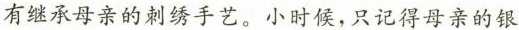
有继承母亲的刺绣手艺。小时候，只记得母亲的银